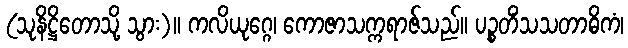
(သုနိဋ္ဌိတောသို့ သွား)။ ကလိယုဂ္ဂေ၊ ကောဇာသက္ကရာဇ်သည်။ ပဉ္စတိံသသတာဓိကံ၊